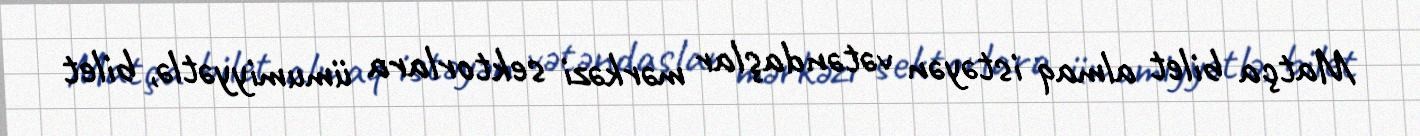
Matça bilet almaq istəyən vətəndaşlar mərkəzi sektorlara ümumiyyətlə, bilet